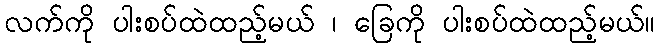
လက်ကို ပါးစပ်ထဲထည့်မယ် ၊ ခြေကို ပါးစပ်ထဲထည့်မယ်။